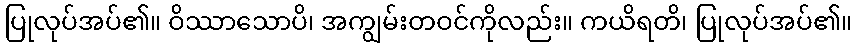
ပြုလုပ်အပ်၏။ ဝိဿာသောပိ၊ အကျွမ်းတဝင်ကိုလည်း။ ကယိရတိ၊ ပြုလုပ်အပ်၏။